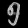
Digit: ၅